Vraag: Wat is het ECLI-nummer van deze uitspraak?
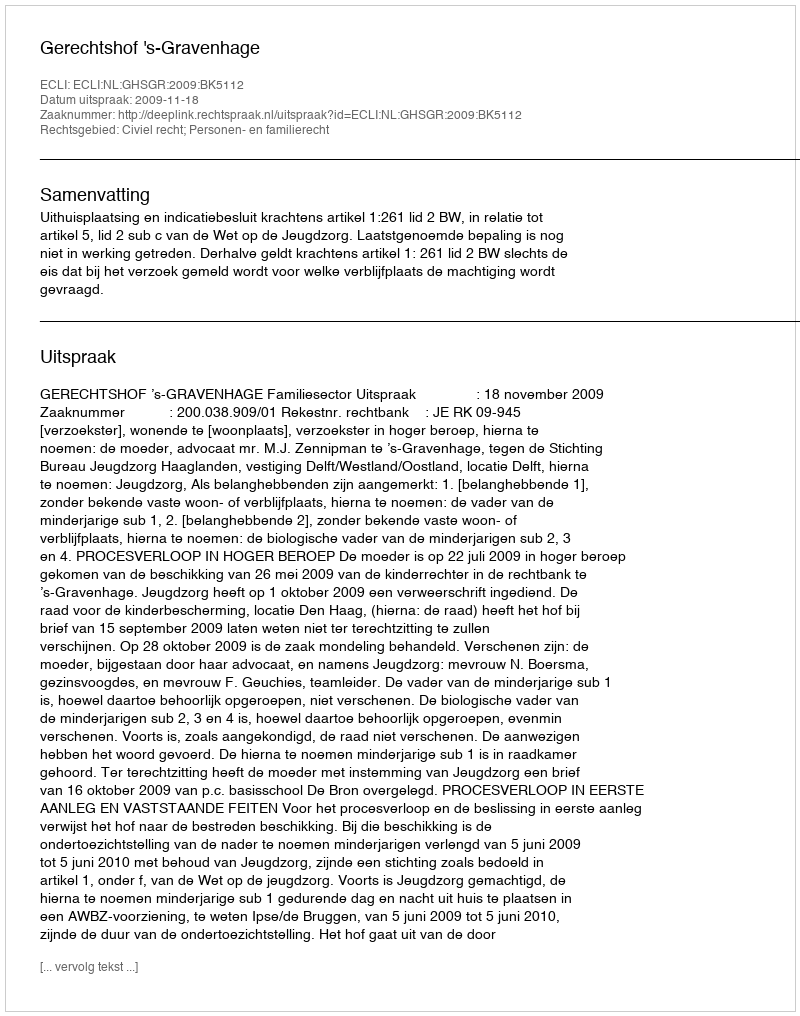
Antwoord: ECLI:NL:GHSGR:2009:BK5112